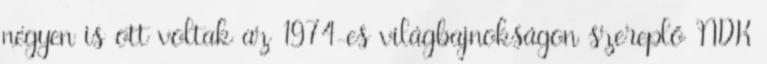
négyen is ott voltak az 1974-es világbajnokságon szereplő NDK